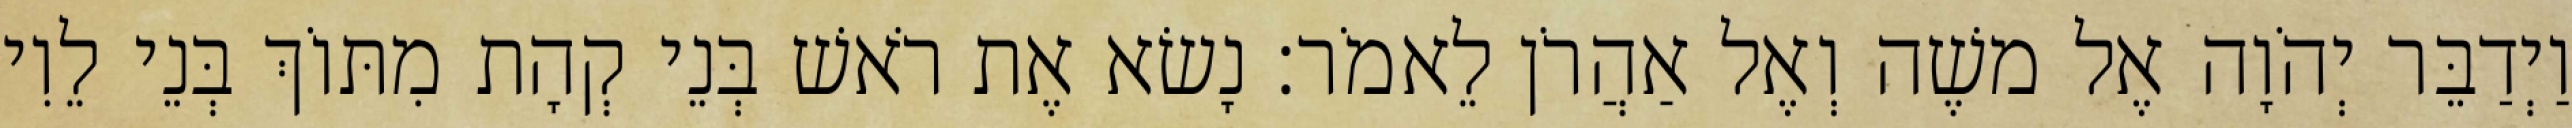
וַיְדַבֵּר יְהֹוָה אֶל משֶׁה וְאֶל אַהֲרֹן לֵאמֹר׃ נָשׂא אֶת רֹאשׁ בְּנֵי קְהָת מִתּוֹךְ בְּנֵי לֵוִי